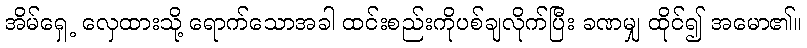
အိမ်ရှေ့ လှေထားသို့ ရောက်သောအခါ ထင်းစည်းကိုပစ်ချလိုက်ပြီး ခဏမျှ ထိုင်၍ အမော၏။